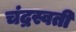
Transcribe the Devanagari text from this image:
चंद्रस्वती